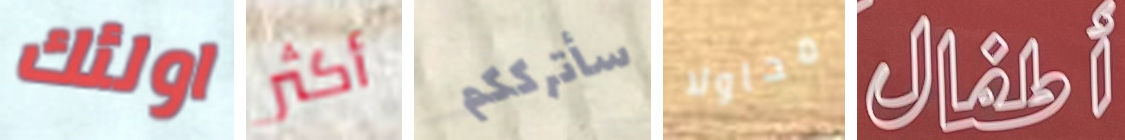
اولئك أكثر سأترككم محاولا أطفال